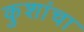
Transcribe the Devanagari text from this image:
कुशांचा